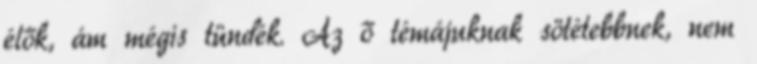
élők, ám mégis tündék. Az ő témájuknak sötétebbnek, nem